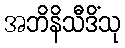
အဘိနိသီဒိံသု